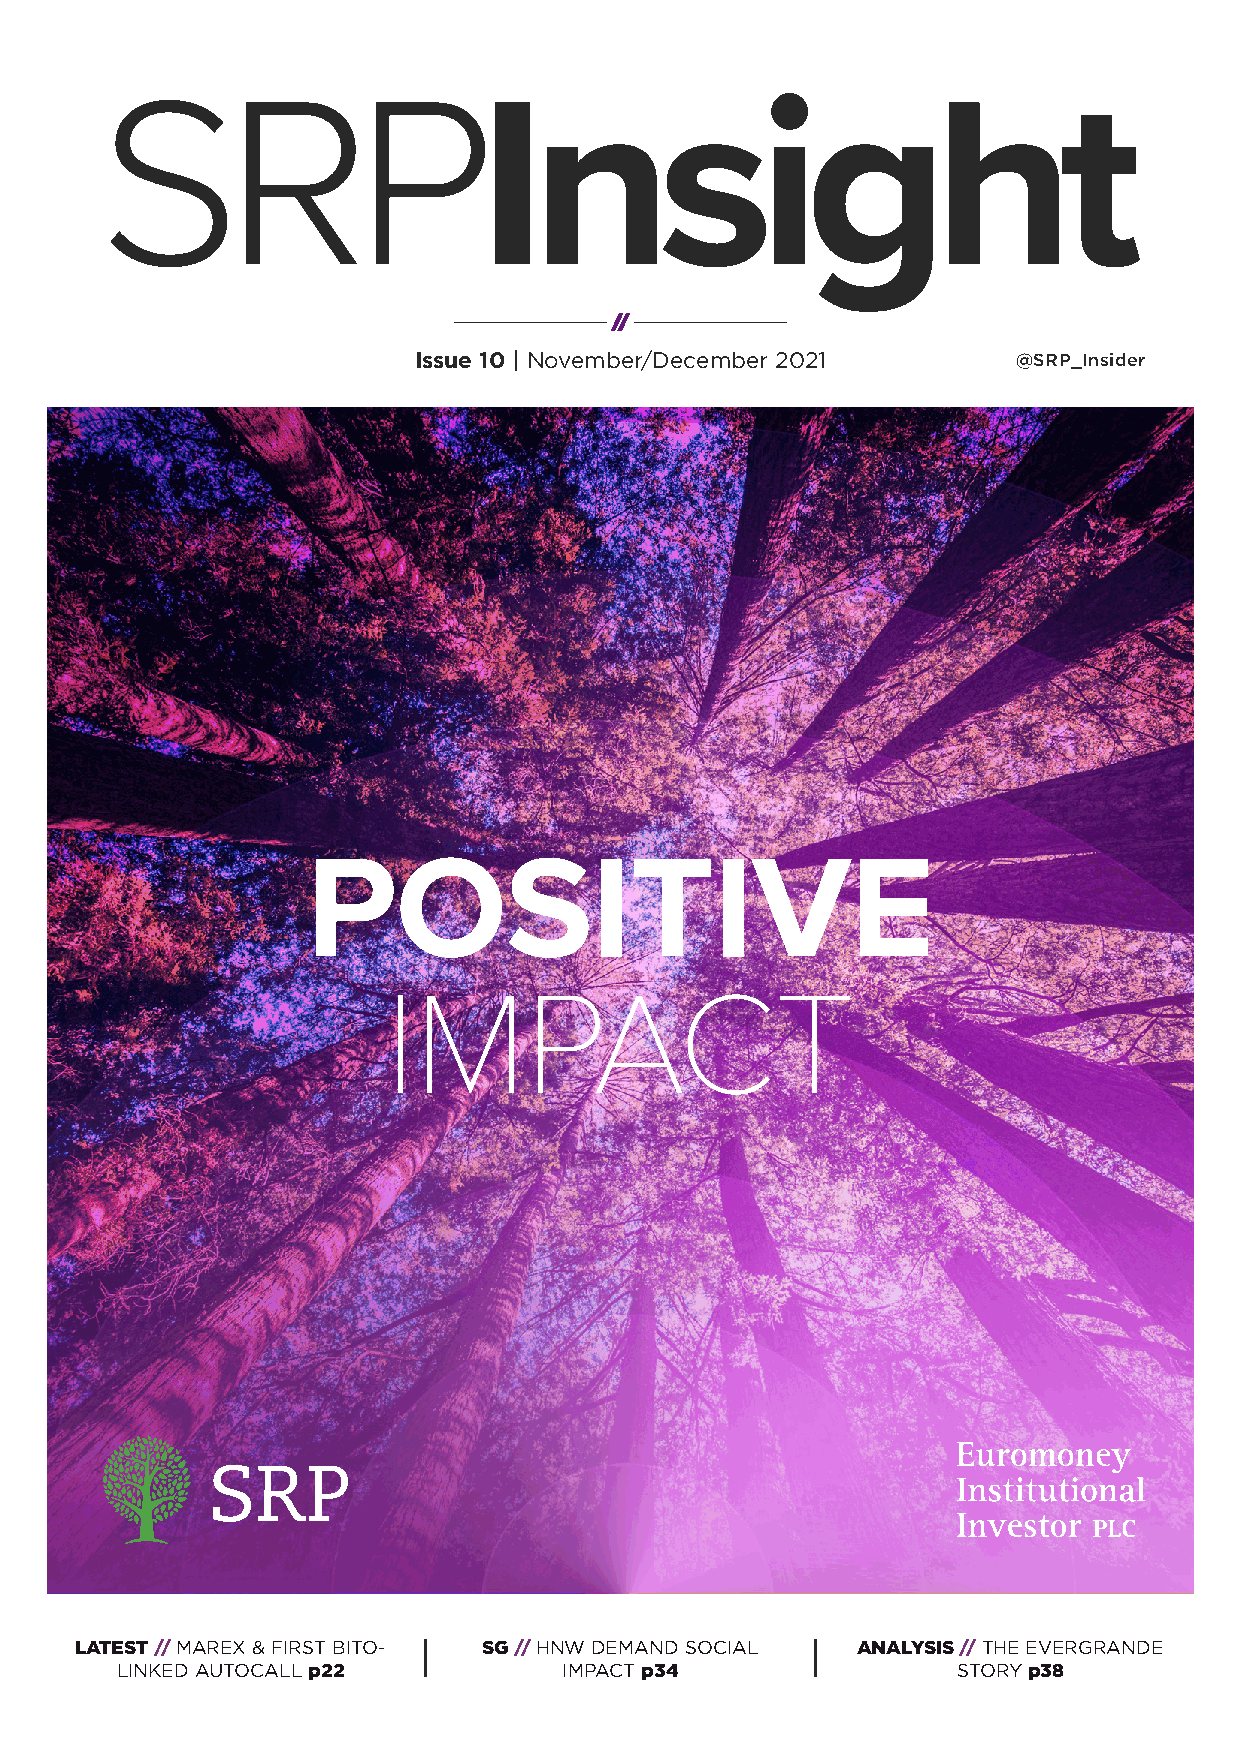
SRP
 Insight
 Issue 10 | November/December 2021       @SRP_Insider
 POSITIVE
 IMPACT
 LATEST // MAREX & FIRST BITO- SG // HNW DEMAND SOCIAL ANALYSIS // THE EVERGRANDE
 LINKED AUTOCALL p22          IMPACT p34                STORY p38